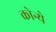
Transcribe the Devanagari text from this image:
कोन्ये